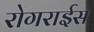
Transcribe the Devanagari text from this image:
रोगराईस